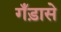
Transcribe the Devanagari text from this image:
गँड़ासे